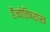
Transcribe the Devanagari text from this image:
हैंज्योतिषशास्त्र